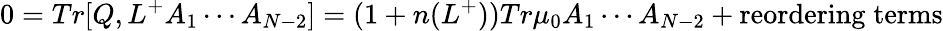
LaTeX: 0=Tr[Q,L^{+}A_{1}\cdots A_{N-2}]=(1+n(L^{+}))Tr\mu_{0}A_{1}\cdots A_{N-2}+\mathrm{reordering\; terms}